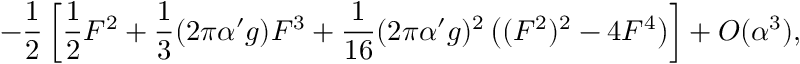
- \frac { 1 } { 2 } \left[ \frac { 1 } { 2 } F ^ { 2 } + \frac { 1 } { 3 } ( 2 \pi \alpha ^ { \prime } g ) F ^ { 3 } + \frac { 1 } { 1 6 } ( 2 \pi \alpha ^ { \prime } g ) ^ { 2 } \left( ( F ^ { 2 } ) ^ { 2 } - 4 F ^ { 4 } \right) \right] + { \cal O } ( \alpha ^ { 3 } ) ,